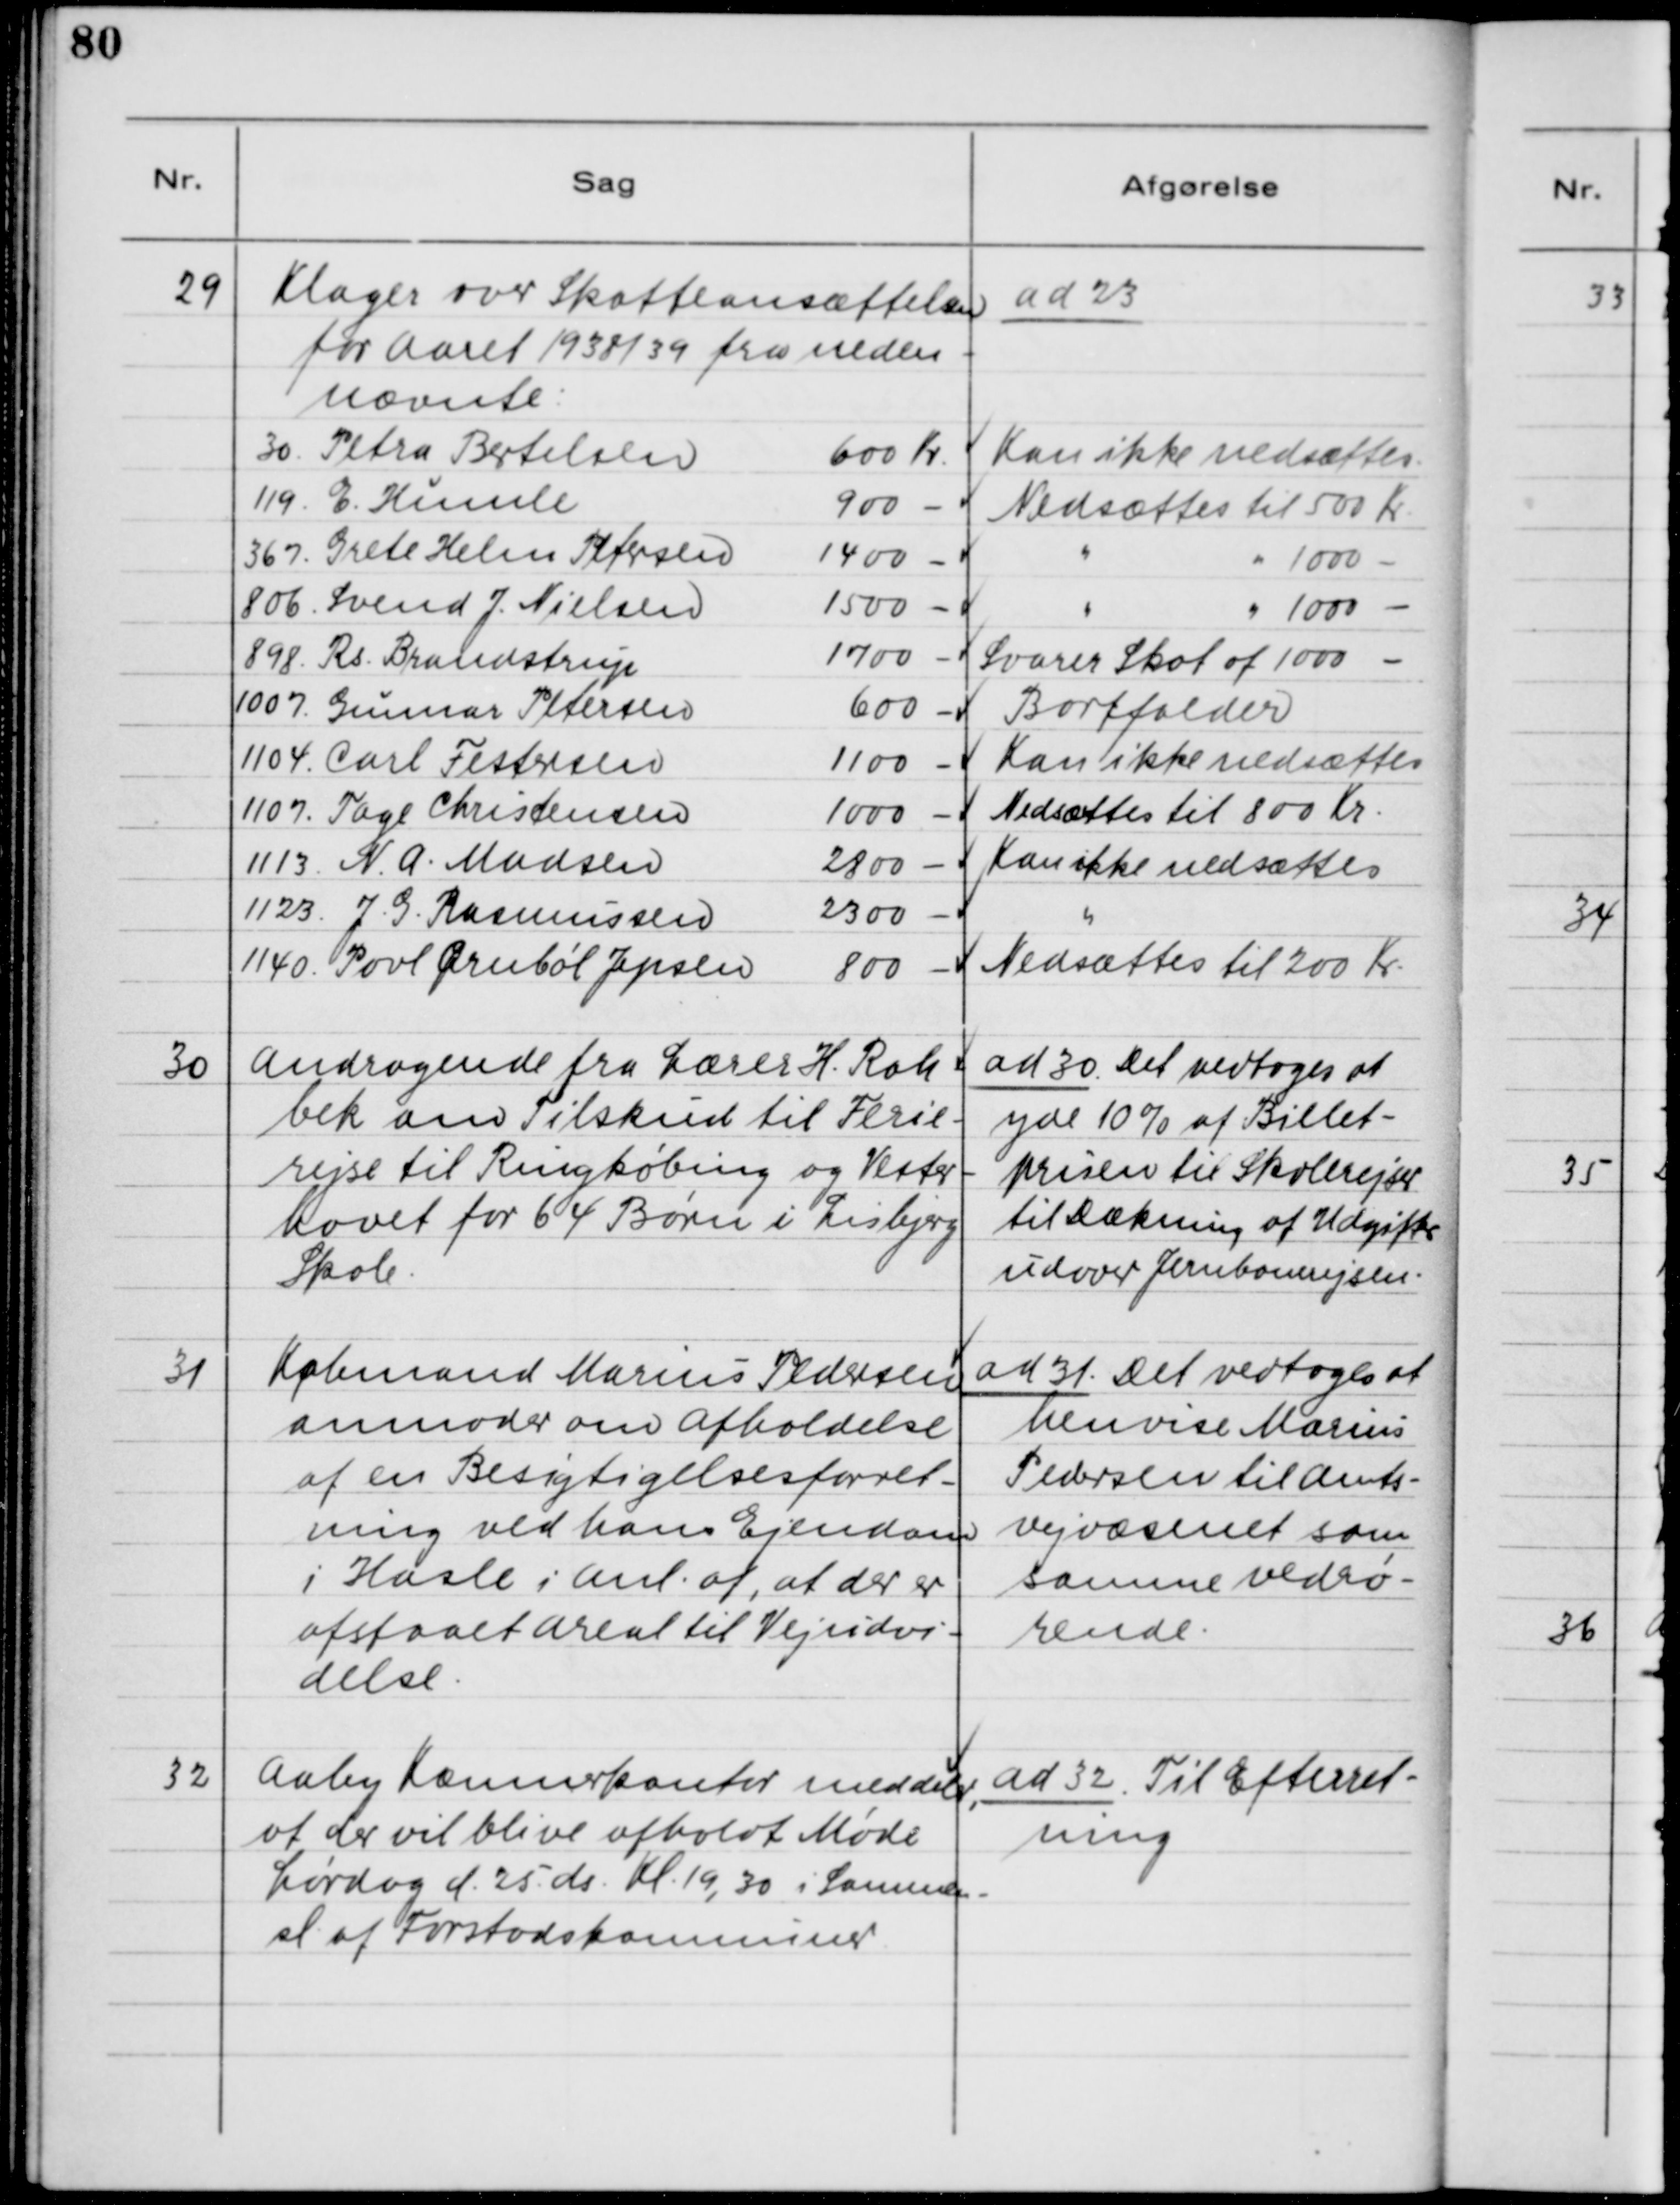
Transskription:
29. Klager over Skatteansættelsen
for Aaret 1938/39 fra neden-
nævnte:

ad 23.

30 Andragende fra Lærer H. Rah-
bek om Tilskud til Ferie-
rejse til Ringkøbing og Vester-
havet for 64 Børn i Lisbjerg
Skole.

ad 30. Det vedtoges at
yde 10% af Billet-
prisen til Skolerejser
til Dækning af Udgifter
udover Jernbanerejsen.

31. Købmand Marius Pedersen
anmoder om Afholdelse
af en Besigtigelsesforret-
ning ved hans Ejendom
i Hasle i Anl. af, at der er
afstaaet Areal til Vejudvi-
delse.

ad 31. Det vedtoges at
henvise Marius
Pedersen til Amts-
vejvæsenet som
samme vedrø-
rende.

32. Aaby Kæmnerkontor meddeler,
at der vil blive afholdt Møde
Lørdag d. 25. ds. Kl. 19,30 i Sammen-
sl. af Forstadskommuner.

ad 32. Til Efterret-
ning